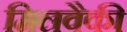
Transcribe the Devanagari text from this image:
मिलवैकी